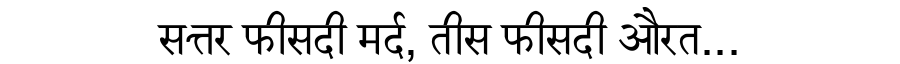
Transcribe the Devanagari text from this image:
सत्तर फीसदी मर्द, तीस फीसदी औरत...